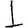
Digit: 1